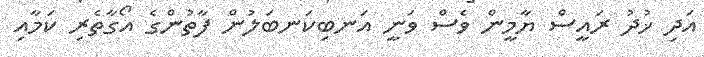
އަދި ޚުދު ރައީސް ޔާމީން ވެސް ވަނީ އަނބިކަނބަލުން ފާތުންގެ އޯގާތެރި ކަމާއި